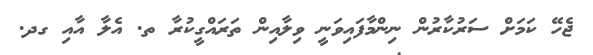
ޖެހޭ ކަމަށް ސަރުކާރުން ނިންމާފައިވަނީ ވިލާއިން ތަރައްގީކުރާ ތ. އެލާ އާއި ގދ.